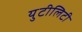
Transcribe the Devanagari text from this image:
युटीलिटी